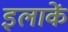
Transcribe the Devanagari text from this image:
इलाकें